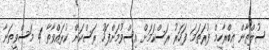
ސުލްޠާން އިބްރާހީމް ފުރަތަމަ ފަހަރު ރަސްކަމަށް އިސްވުމަށްފަހު ރަސްކަން ކުރައްވާތާ 4 މަސްވީތަނާ